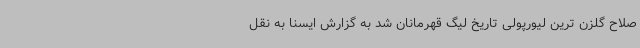
صلاح گلزن ترین لیورپولی تاریخ لیگ قهرمانان شد به گزارش ایسنا به نقل